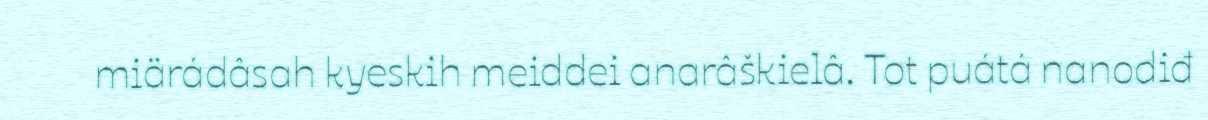
miärádâsah kyeskih meiddei anarâškielâ. Tot puátá nanodiđ